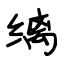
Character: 缡